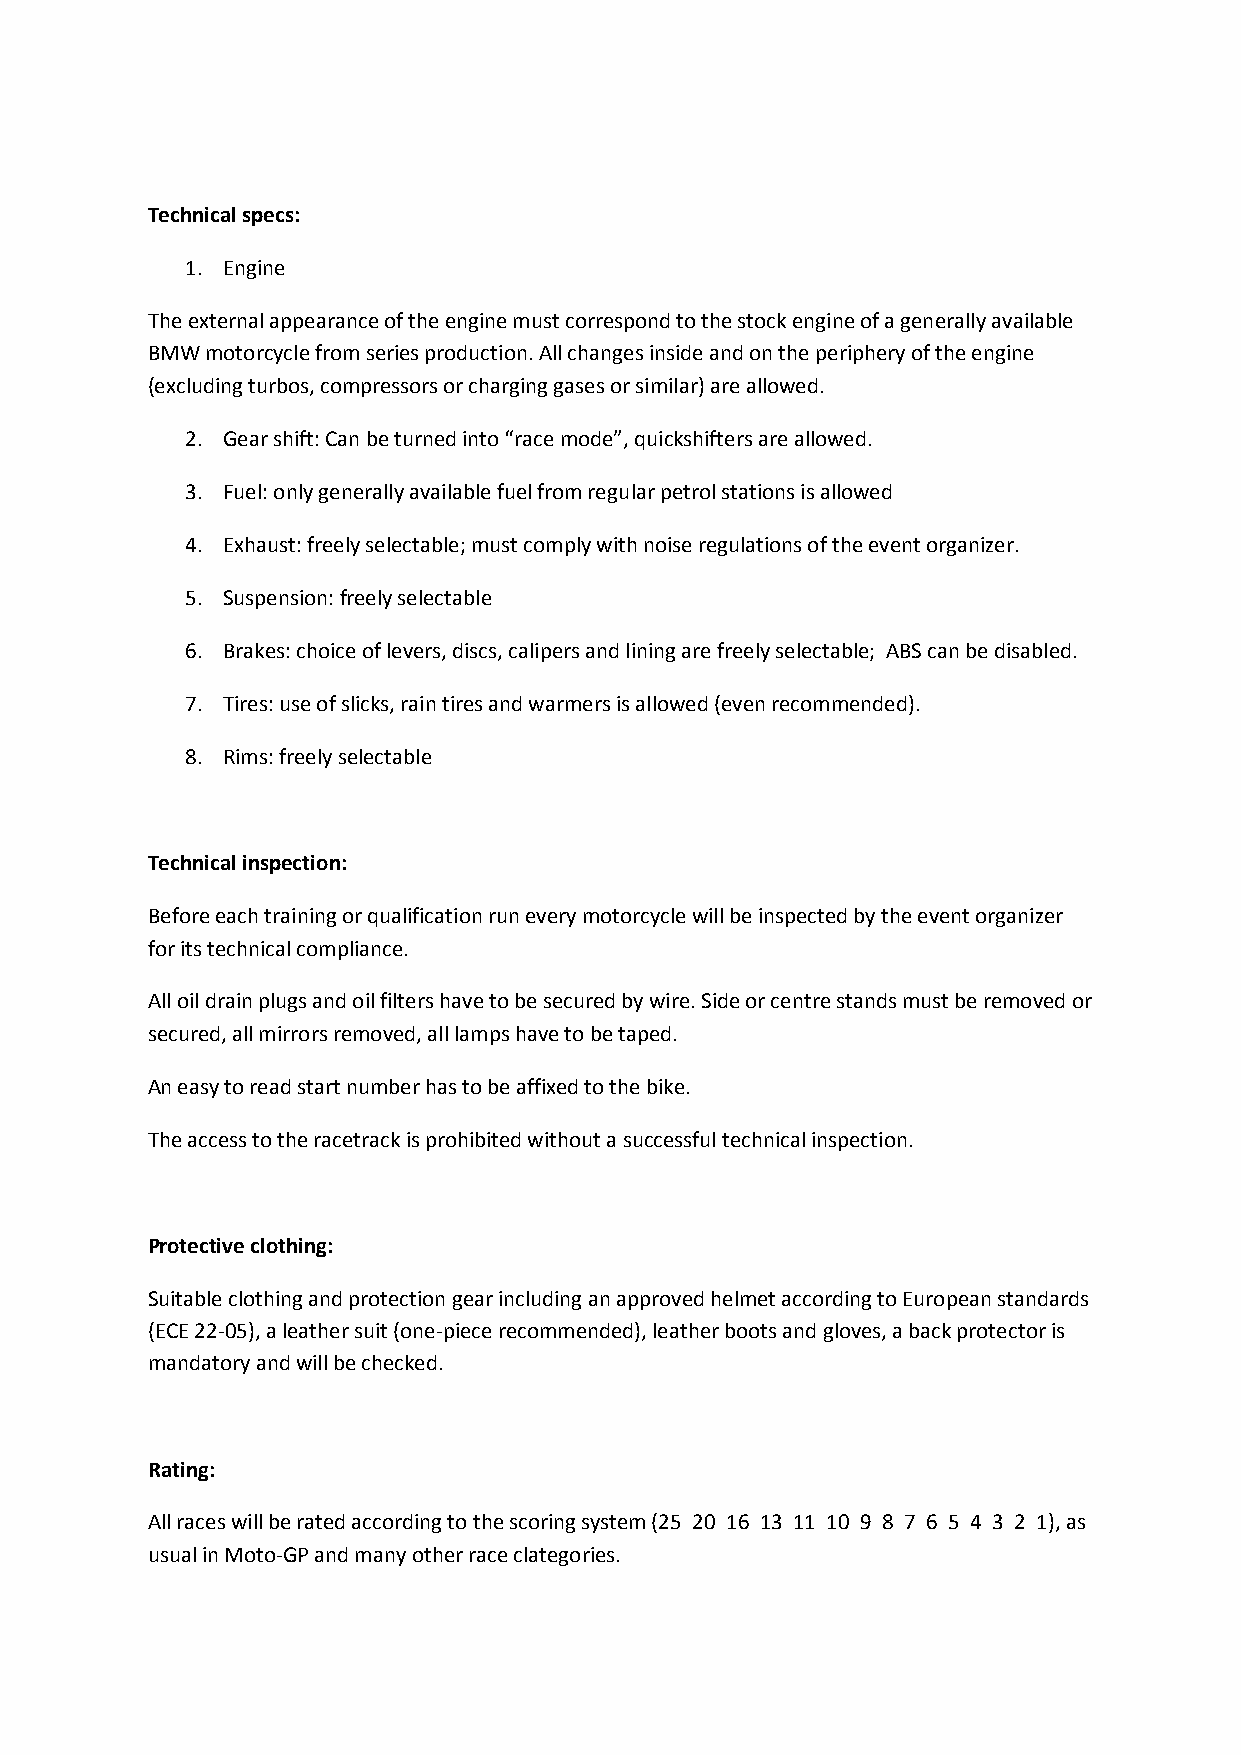
Technical specs:
 1. Engine
 The external appearance of the engine must correspond to the stock engine of a generally available
 BMW motorcycle from series production. All changes inside and on the periphery of the engine
 (excluding turbos, compressors or charging gases or similar) are allowed.
 2. Gear shift: Can be turned into “race mode”, quickshifters are allowed.
 3. Fuel: only generally available fuel from regular petrol stations is allowed
 4. Exhaust: freely selectable; must comply with noise regulations of the event organizer.
 5. Suspension: freely selectable
 6. Brakes: choice of levers, discs, calipers and lining are freely selectable; ABS can be disabled.
 7. Tires: use of slicks, rain tires and warmers is allowed (even recommended).
 8. Rims: freely selectable
 Technical inspection:
 Before each training or qualification run every motorcycle will be inspected by the event organizer
 for its technical compliance.
 All oil drain plugs and oil filters have to be secured by wire. Side or centre stands must be removed or
 secured, all mirrors removed, all lamps have to be taped.
 An easy to read start number has to be affixed to the bike.
 The access to the racetrack is prohibited without a successful technical inspection.
 Protective clothing:
 Suitable clothing and protection gear including an approved helmet according to European standards
 (ECE 22-05), a leather suit (one-piece recommended), leather boots and gloves, a back protector is
 mandatory and will be checked.
 Rating:
 All races will be rated according to the scoring system (25 20 16 13 11 10 9 8 7 6 5 4 3 2 1), as
 usual in Moto-GP and many other race clategories.